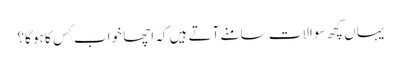
یہاں کچھ سوالات سامنے آتے ہیں کہ اچھا خواب کِس کا ہو گا؟